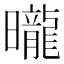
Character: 曨